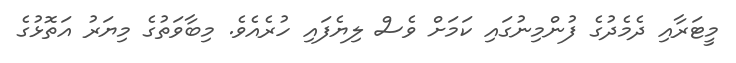
މީޓަރާއި ދެމެދުގެ ފުންމިނުގައި ކަމަށް ވެސް ލިޔެފައި ހުރެއެވެ. މިބާވަތުގެ މިޔަރު އަތޮޅުގެ